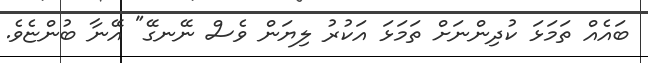
ބައެއް ތަމަޅަ ކުދިންނަށް ތަމަޅަ އަކުރު ލިޔަން ވެސް ނޭނގޭ" އޭނާ ބުންޏެވެ.